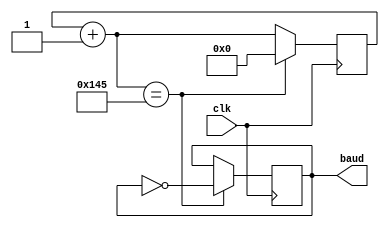
`timescale 1ns / 1ps
//////////////////////////////////////////////////////////////////////////////////
// Company: 
// Engineer: 
// 
// Design Name: 
// Module Name: baudrate_gen
// Project Name: 
// Target Devices: 
// Tool Versions: 
// Description: 
// 
// Dependencies: 
// 
// Revision:
// Revision 0.01 - File Created
// Additional Comments:
// 
//////////////////////////////////////////////////////////////////////////////////


module baudrate_gen(
    input clk,
    output reg baud
    );
    
    reg [9:0] counter;
    always @(posedge clk) begin
        counter = counter + 1;
        if (counter == 325) begin counter = 0; baud = ~baud; end 
        // Clock = 10ns
        // ClockFreq = 1/10ns = 100 MHz
        // Baudrate = 9600
        // counter = ClockFreq/Baudrate/16/2
    end
    
endmodule